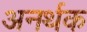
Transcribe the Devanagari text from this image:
अनर्थक